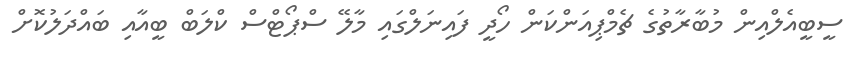
ސީބީއެލްއިން މުބާރާތުގެ ޗެމްޕިއަންކަން ހޯދީ ފައިނަލްގައި މާލޭ ސްޕޯޓްސް ކްލަބް ބީއާއި ބައްދަލުކޮޮށް